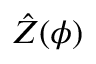
\hat { Z } ( \phi )